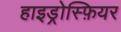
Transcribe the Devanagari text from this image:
हाइड्रोस्फ़ियर